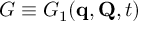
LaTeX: G \equiv G _ { 1 } ( \mathbf { q } , \mathbf { Q } , t )